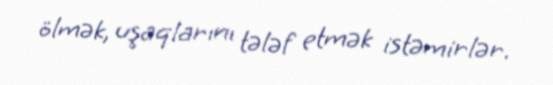
ölmək, uşaqlarını tələf etmək istəmirlər.